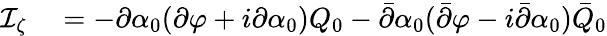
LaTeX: \begin{array}{rl}{\mathcal I_{\zeta}}&{{}=-\partial\alpha_{0}(\partial\varphi+i\partial\alpha_{0})Q_{0}-\bar{\partial}\alpha_{0}(\bar{\partial}\varphi-i\bar{\partial}\alpha_{0})\bar{Q}_{0}}\end{array}